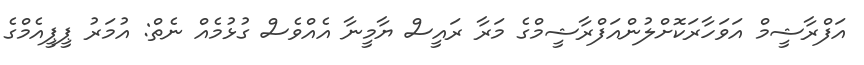
އަފްރާޝީމް އަވަހާރަކޮށްލުންއަފްރާޝީމްގެ މަރާ ރައީސް ޔާމީނާ އެއްވެސް ގުޅުމެއް ނެތް: އުމަރު ޕީޕީއެމްގެ